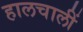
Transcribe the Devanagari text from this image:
हालचालीं